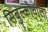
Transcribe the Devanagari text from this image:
सिबुल्कोवाला